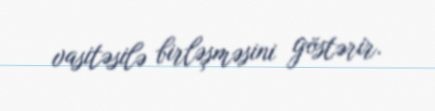
vasitəsilə birləşməsini göstərir.